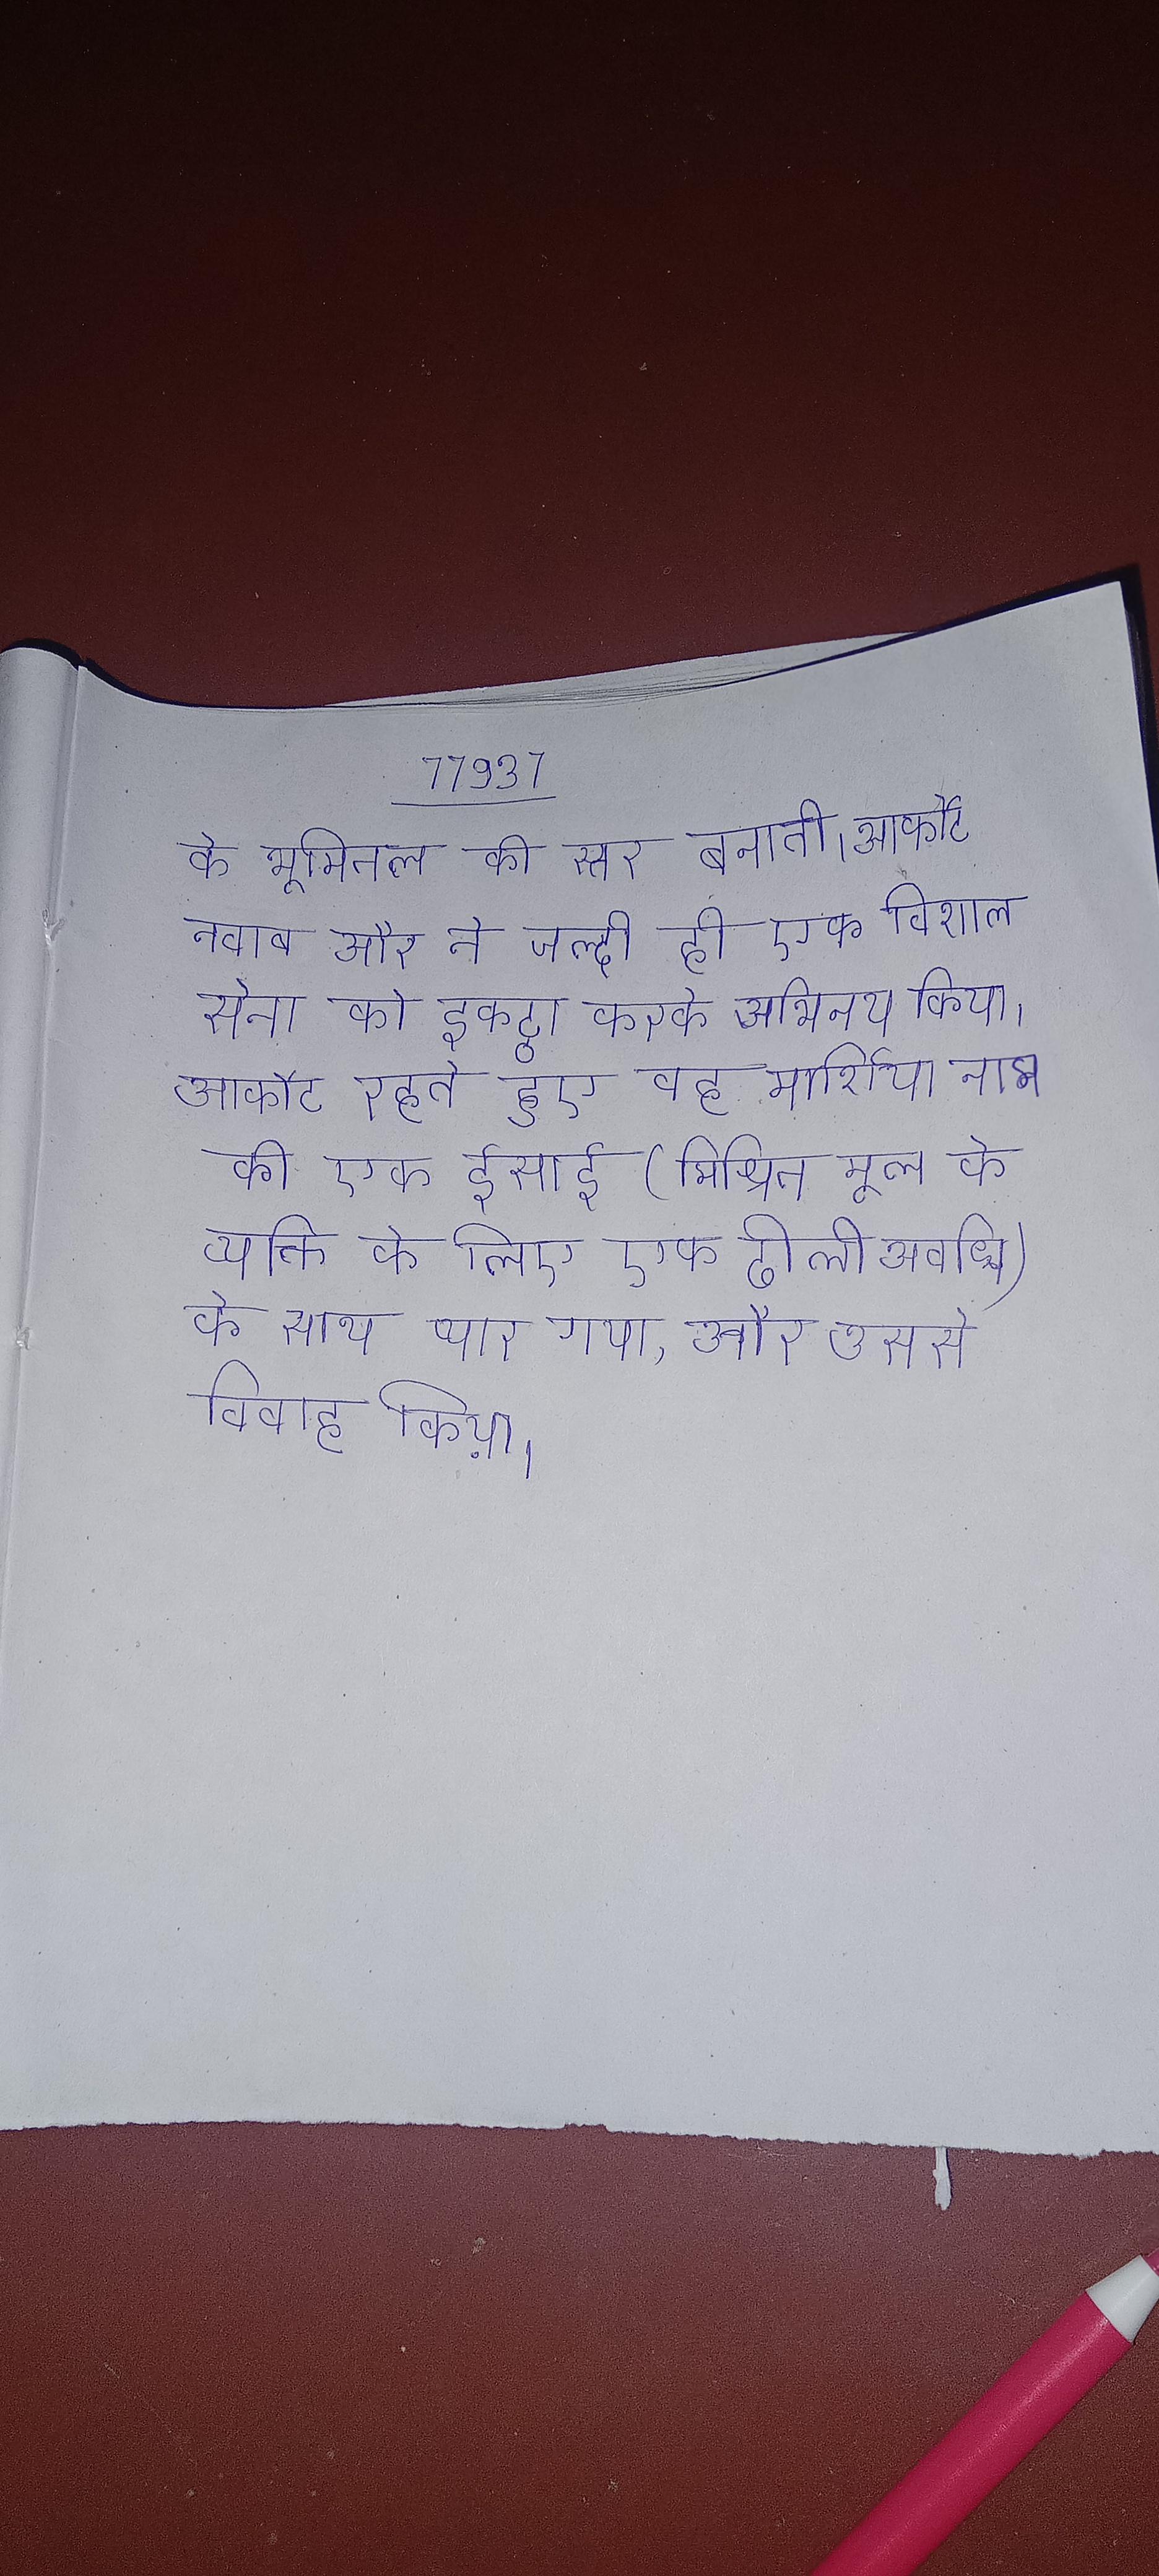
के भूमितल की स्तर बनाती । आर्कोट नवाब और ने जल्दी ही एक विशाल सेना को इकट्ठा करके अभिनय किया । आर्कोट रहते हुए वह मार्शिया नाम की एक ईसाई (मिश्रित मूल के व्यक्ति के लिए एक ढीली अवधि) के साथ प्यार गया, और उससे विवाह किया ।